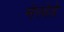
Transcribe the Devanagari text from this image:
मेरवेडे